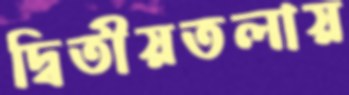
দ্বিতীয়তলায়